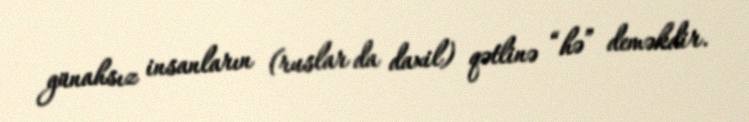
günahsız insanların (ruslar da daxil) qətlinə “hə” deməkdir.